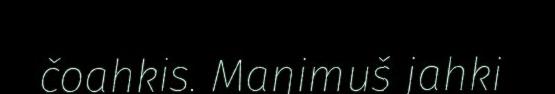
čoahkis. Maŋimuš jahki